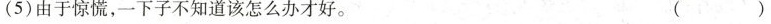
(5)由于惊慌，一下子不知道该怎么办才好。 ( )